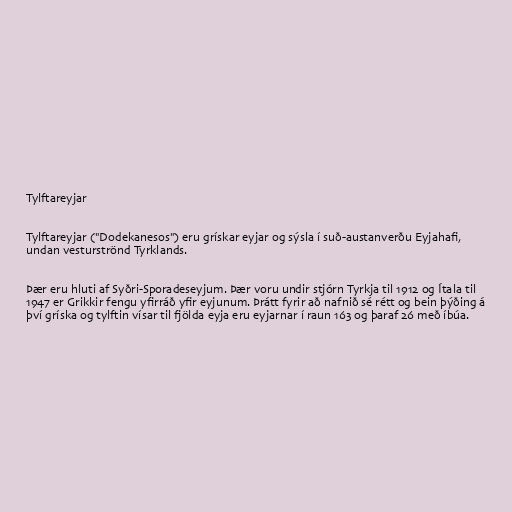
Tylftareyjar

Tylftareyjar ("Dodekanesos") eru grískar eyjar og sýsla í suð-austanverðu Eyjahafi,
undan vesturströnd Tyrklands.

Þær eru hluti af Syðri-Sporadeseyjum. Þær voru undir stjórn Tyrkja til 1912 og Ítala til
1947 er Grikkir fengu yfirráð yfir eyjunum. Þrátt fyrir að nafnið sé rétt og bein þýðing á
því gríska og tylftin vísar til fjölda eyja eru eyjarnar í raun 163 og þaraf 26 með íbúa.